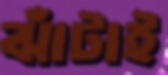
ঝাঁটাই